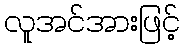
လူအင်အားဖြင့်